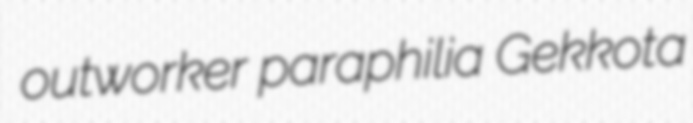
outworker paraphilia Gekkota